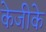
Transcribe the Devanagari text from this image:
केजीके